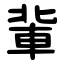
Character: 軰